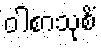
ဝါစာသုစိံ